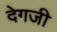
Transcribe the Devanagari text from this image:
देगजी